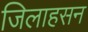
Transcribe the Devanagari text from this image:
जिलाहसन